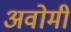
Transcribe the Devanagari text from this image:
अवोमी